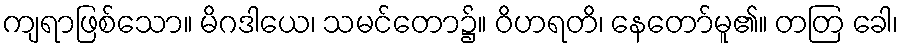
ကျရာဖြစ်သော။ မိဂဒါယေ၊ သမင်တော၌။ ဝိဟရတိ၊ နေတော်မူ၏။ တတြ ခေါ၊